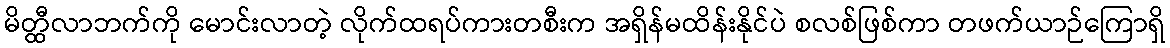
မိတ္ထီလာဘက်ကို မောင်းလာတဲ့ လိုက်ထရပ်ကားတစီးက အရှိန်မထိန်းနိုင်ပဲ စလစ်ဖြစ်ကာ တဖက်ယာဉ်ကြောရှိ